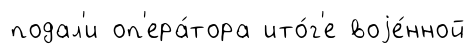
подал'и оп'ера́тора ито́г'е воjе́нной